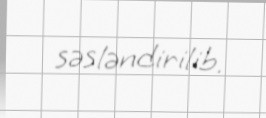
səsləndirilib.